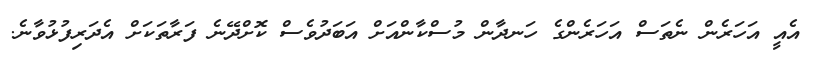
އެއީ އަހަރެން ނެތަސް އަހަރެންގެ ހަނދާން މުސްކާންއަށް އަބަދުވެސް ކޮށްދޭނެ ފަރާތަކަށް އެދަރިފުޅުވާނެ.